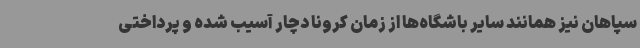
سپاهان نیز همانند سایر باشگاه‌ها از زمان کرونا دچار آسیب شده و پرداختی